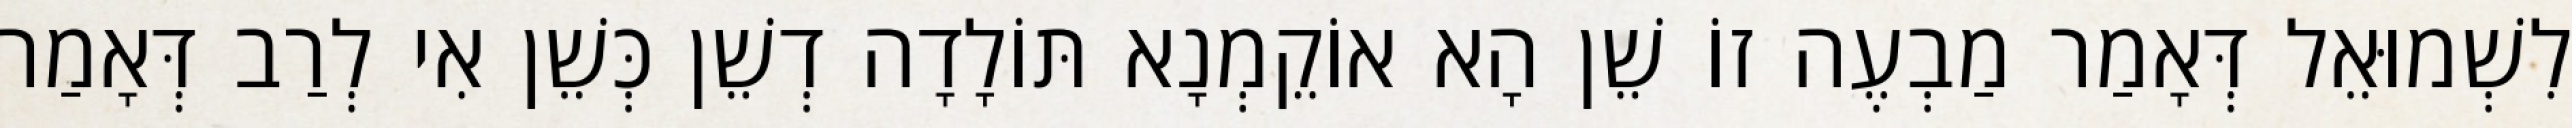
לִשְׁמוּאֵל דְּאָמַר מַבְעֶה זוֹ שֵׁן הָא אוֹקֵמְנָא תּוֹלָדָה דְשֵׁן כְּשֵׁן אִי לְרַב דְּאָמַר